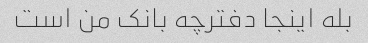
بله اینجا دفترچه بانک من است